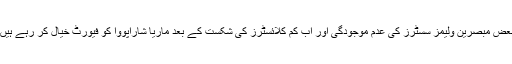
بعض مبصرین ولیمز سسٹرز کی عدم موجودگی اور اب کم کلائسٹرز کی شکست کے بعد ماریا شاراپووا کو فیورٹ خیال کر رہے ہیں۔